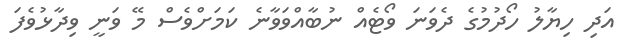
އަދި ހިޔާލު ހޯދުމުގެ ދެވަނަ ވޯޓެއް ނުބާއްވަވާނެ ކަމަށްވެސް މޭ ވަނީ ވިދާޅުވެފަ